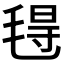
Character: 𰚟